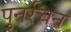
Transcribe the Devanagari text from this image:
पुनर्रचन